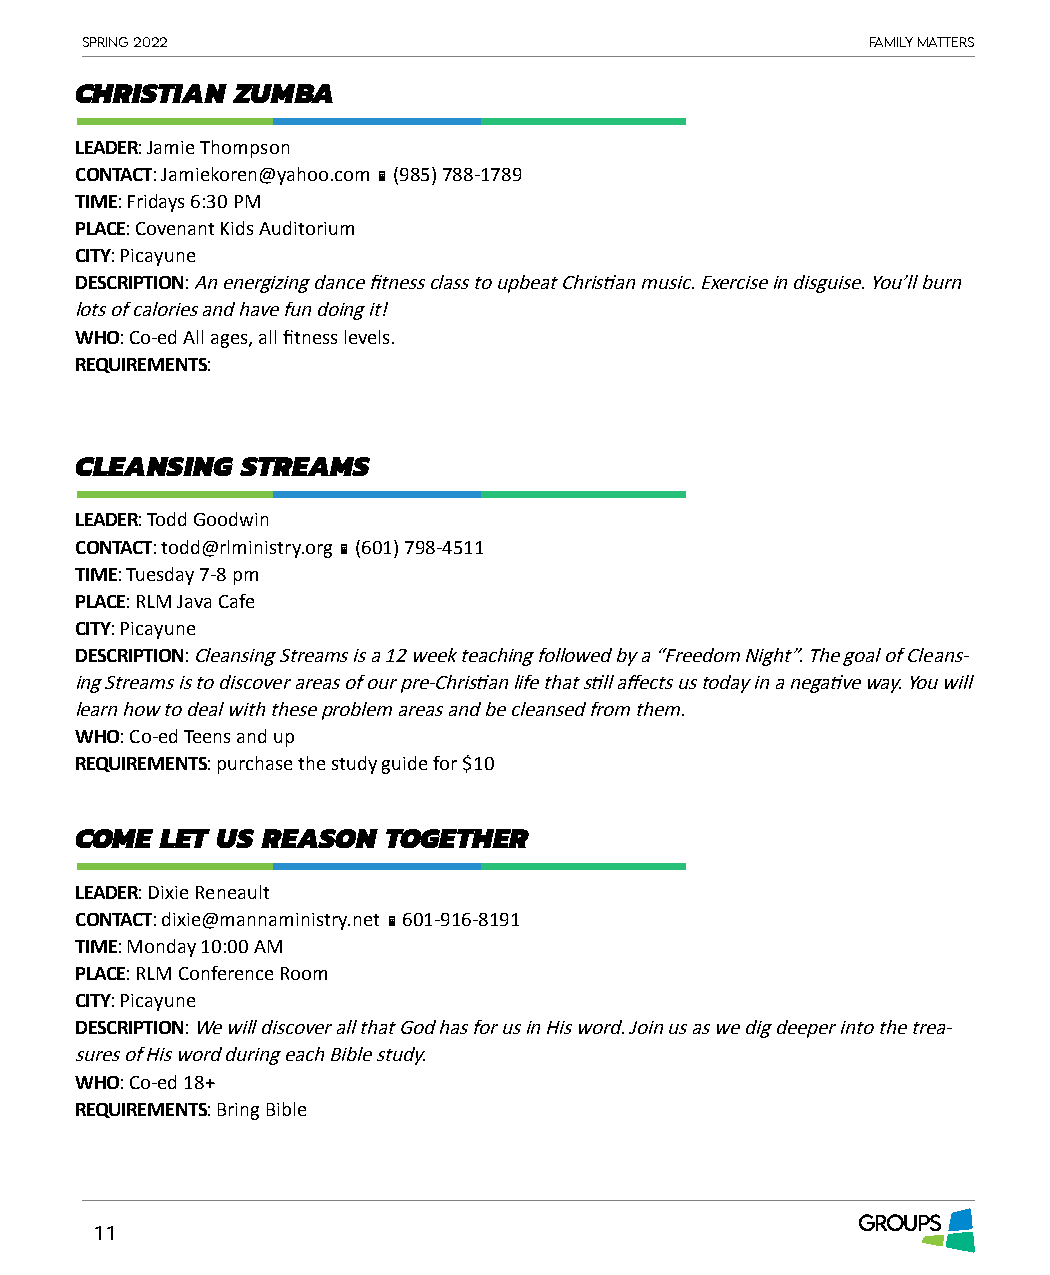
Spring 2022                                          Family matterS
 CHRISTIAN  ZUMBA
 LEADER: Jamie Thompson
 CONTACT: Jamiekoren@yahoo.com  (985) 788-1789
 TIME: Fridays 6:30 PM
 PLACE: Covenant Kids Auditorium
 CITY: Picayune
 DESCRIPTION: An energizing dance fitness class to upbeat Christian music. Exercise in disguise. You’ll burn
 lots of calories and have fun doing it!
 WHO: Co-ed All ages, all fitness levels.
 REQUIREMENTS:
 CLEANSING  STREAMS
 LEADER: Todd Goodwin
 CONTACT: todd@rlministry.org  (601) 798-4511
 TIME: Tuesday 7-8 pm
 PLACE: RLM Java Cafe
 CITY: Picayune
 DESCRIPTION: Cleansing Streams is a 12 week teaching followed by a “Freedom Night”. The goal of Cleans-
 ing Streams is to discover areas of our pre-Christian life that still affects us today in a negative way. You will
 learn how to deal with these problem areas and be cleansed from them.
 WHO: Co-ed Teens and up
 REQUIREMENTS: purchase the study guide for $10
 COME  LET US REASON TOGETHER
 LEADER: Dixie Reneault
 CONTACT: dixie@mannaministry.net  601-916-8191
 TIME: Monday 10:00 AM
 PLACE: RLM Conference Room
 CITY: Picayune
 DESCRIPTION: We will discover all that God has for us in His word. Join us as we dig deeper into the trea-
 sures of His word during each Bible study.
 WHO: Co-ed 18+
 REQUIREMENTS: Bring Bible
 GROUPS
 11